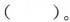
（）。